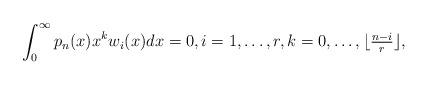
LaTeX: \begin{align*} \int_0^{\infty} p_n(x) x^k w_i(x) dx = 0,i = 1, \ldots, r, k = 0, \ldots, \lfloor \tfrac{n-i}{r} \rfloor, \end{align*}